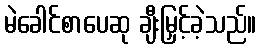
မဲခေါင်စာပေဆု ချီးမြှင့်ခဲ့သည်။